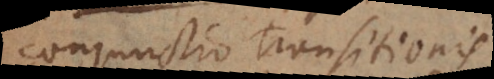
conjunctio transitionis